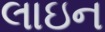
લાઇન